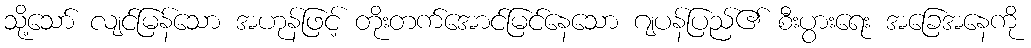
သို့သော် လျင်မြန်သော အဟုန်ဖြင့် တိုးတက်အောင်မြင်နေသော ဂျပန်ပြည်၏ စီးပွားရေး အခြေအနေကို